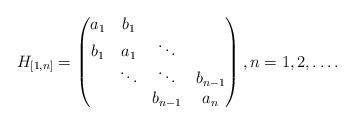
LaTeX: \begin{align*}H_{[1,n]}=\begin{pmatrix} a_1 & b_1 & \\ b_1 & a_1 & \ddots \\ & \ddots & \ddots & b_{n-1}\\ & & b_{n-1} & a_n \\\end{pmatrix}, n=1,2,\dots.\end{align*}